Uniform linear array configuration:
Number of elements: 8
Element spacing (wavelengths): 0.25
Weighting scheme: uniform
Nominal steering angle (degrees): -60
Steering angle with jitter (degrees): -58.284
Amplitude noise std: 0.05
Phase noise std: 0.05

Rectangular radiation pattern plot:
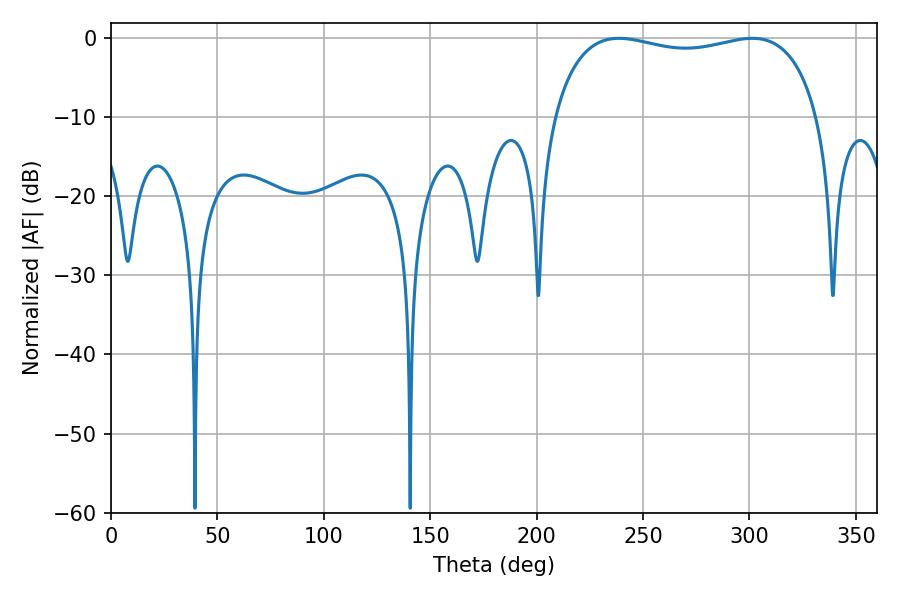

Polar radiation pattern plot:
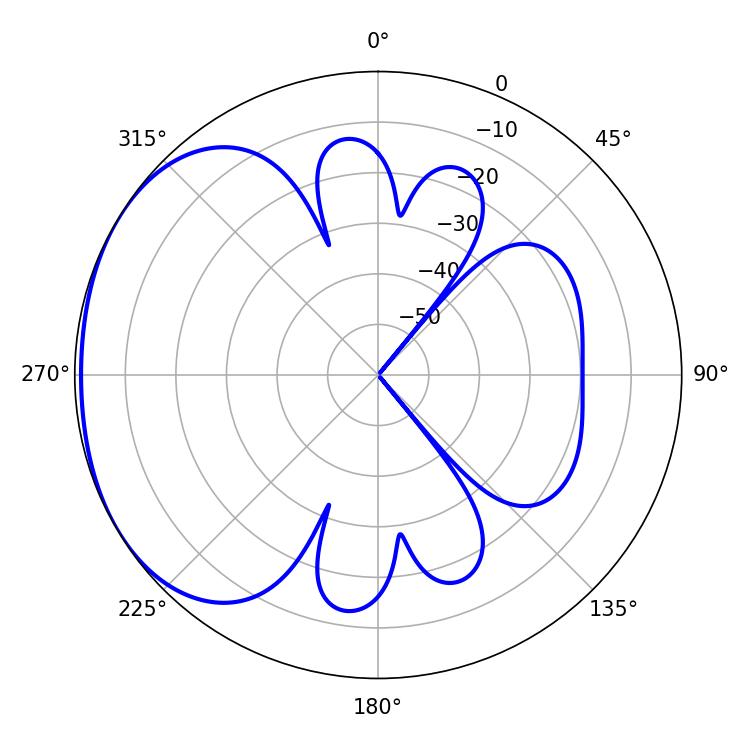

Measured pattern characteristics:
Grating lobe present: FALSE
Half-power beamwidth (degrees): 101.52
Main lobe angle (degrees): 238.68